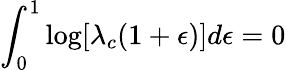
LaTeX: \int_{0}^{1}\log[\lambda_{c}(1+\epsilon)]d\epsilon=0